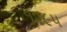
૧૨૯૫